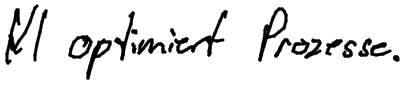
KI optimiert Prozesse.